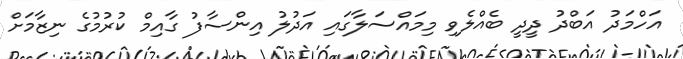
އަހްމަދު އަބްދު ދީދީ ބެއްލެވި މިމައްސަލާގައި އަދުލު އިންސާފު ގާއިމް ކުރުމުގެ ނިޒާމަށް